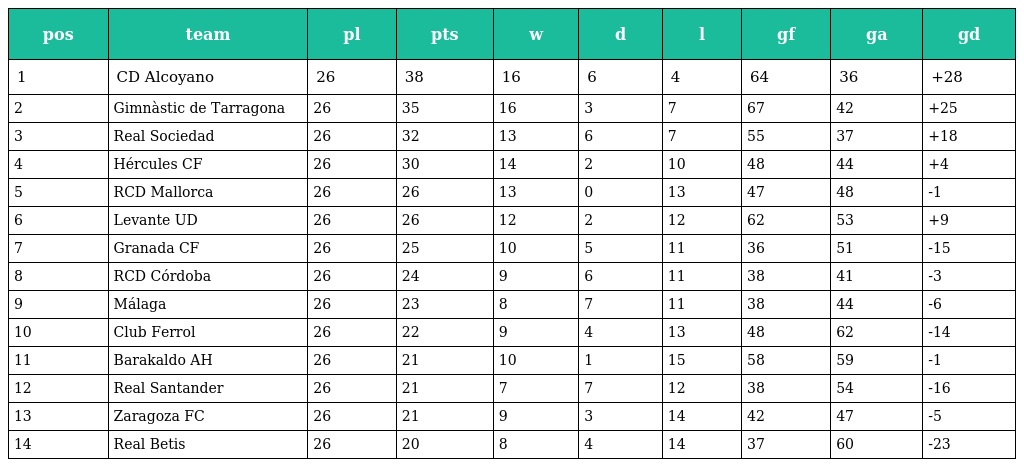
| pos | team | pl | pts | w | d | l | gf | ga | gd |
 | --- | --- | --- | --- | --- | --- | --- | --- | --- | --- |
 | 1 | CD Alcoyano | 26 | 38 | 16 | 6 | 4 | 64 | 36 | +28 |
 | 2 | Gimnàstic de Tarragona | 26 | 35 | 16 | 3 | 7 | 67 | 42 | +25 |
 | 3 | Real Sociedad | 26 | 32 | 13 | 6 | 7 | 55 | 37 | +18 |
 | 4 | Hércules CF | 26 | 30 | 14 | 2 | 10 | 48 | 44 | +4 |
 | 5 | RCD Mallorca | 26 | 26 | 13 | 0 | 13 | 47 | 48 | -1 |
 | 6 | Levante UD | 26 | 26 | 12 | 2 | 12 | 62 | 53 | +9 |
 | 7 | Granada CF | 26 | 25 | 10 | 5 | 11 | 36 | 51 | -15 |
 | 8 | RCD Córdoba | 26 | 24 | 9 | 6 | 11 | 38 | 41 | -3 |
 | 9 | Málaga | 26 | 23 | 8 | 7 | 11 | 38 | 44 | -6 |
 | 10 | Club Ferrol | 26 | 22 | 9 | 4 | 13 | 48 | 62 | -14 |
 | 11 | Barakaldo AH | 26 | 21 | 10 | 1 | 15 | 58 | 59 | -1 |
 | 12 | Real Santander | 26 | 21 | 7 | 7 | 12 | 38 | 54 | -16 |
 | 13 | Zaragoza FC | 26 | 21 | 9 | 3 | 14 | 42 | 47 | -5 |
 | 14 | Real Betis | 26 | 20 | 8 | 4 | 14 | 37 | 60 | -23 |